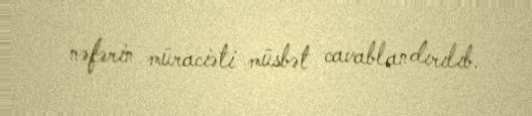
nəfərin müraciəti müsbət cavablandırılıb.